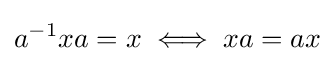
a^{-1}xa=x\iff xa=ax